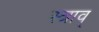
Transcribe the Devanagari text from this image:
स्त्राव्